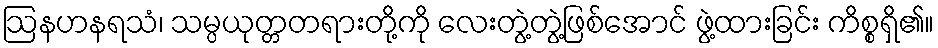
ဩနဟနရသံ၊ သမ္ပယုတ္တတရားတို့ကို လေးတွဲ့တွဲ့ဖြစ်အောင် ဖွဲ့ထားခြင်း ကိစ္စရှိ၏။